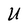
Character: U